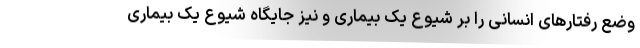
وضع رفتارهای انسانی را بر شیوع یک بیماری و نیز جایگاه شیوع یک بیماری